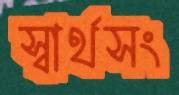
স্বার্থসং